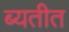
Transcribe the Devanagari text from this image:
ब्यतीत